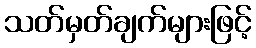
သတ်မှတ်ချက်များဖြင့်